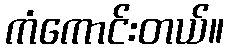
ကံကောင်းတယ်။